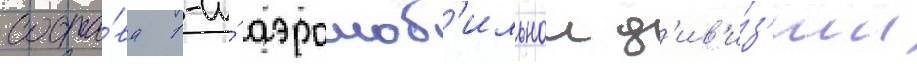
соста́ва 1-и́ аэромоб'ильнои д'ив'и́з'ии